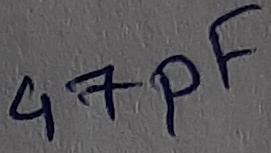
Text: 47pF